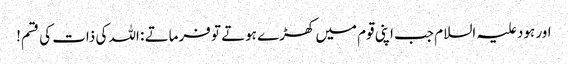
اور ہود علیہ السلام جب اپنی قوم میں کھڑے ہوتے تو فرماتے : اللہ کی ذات کی قسم!